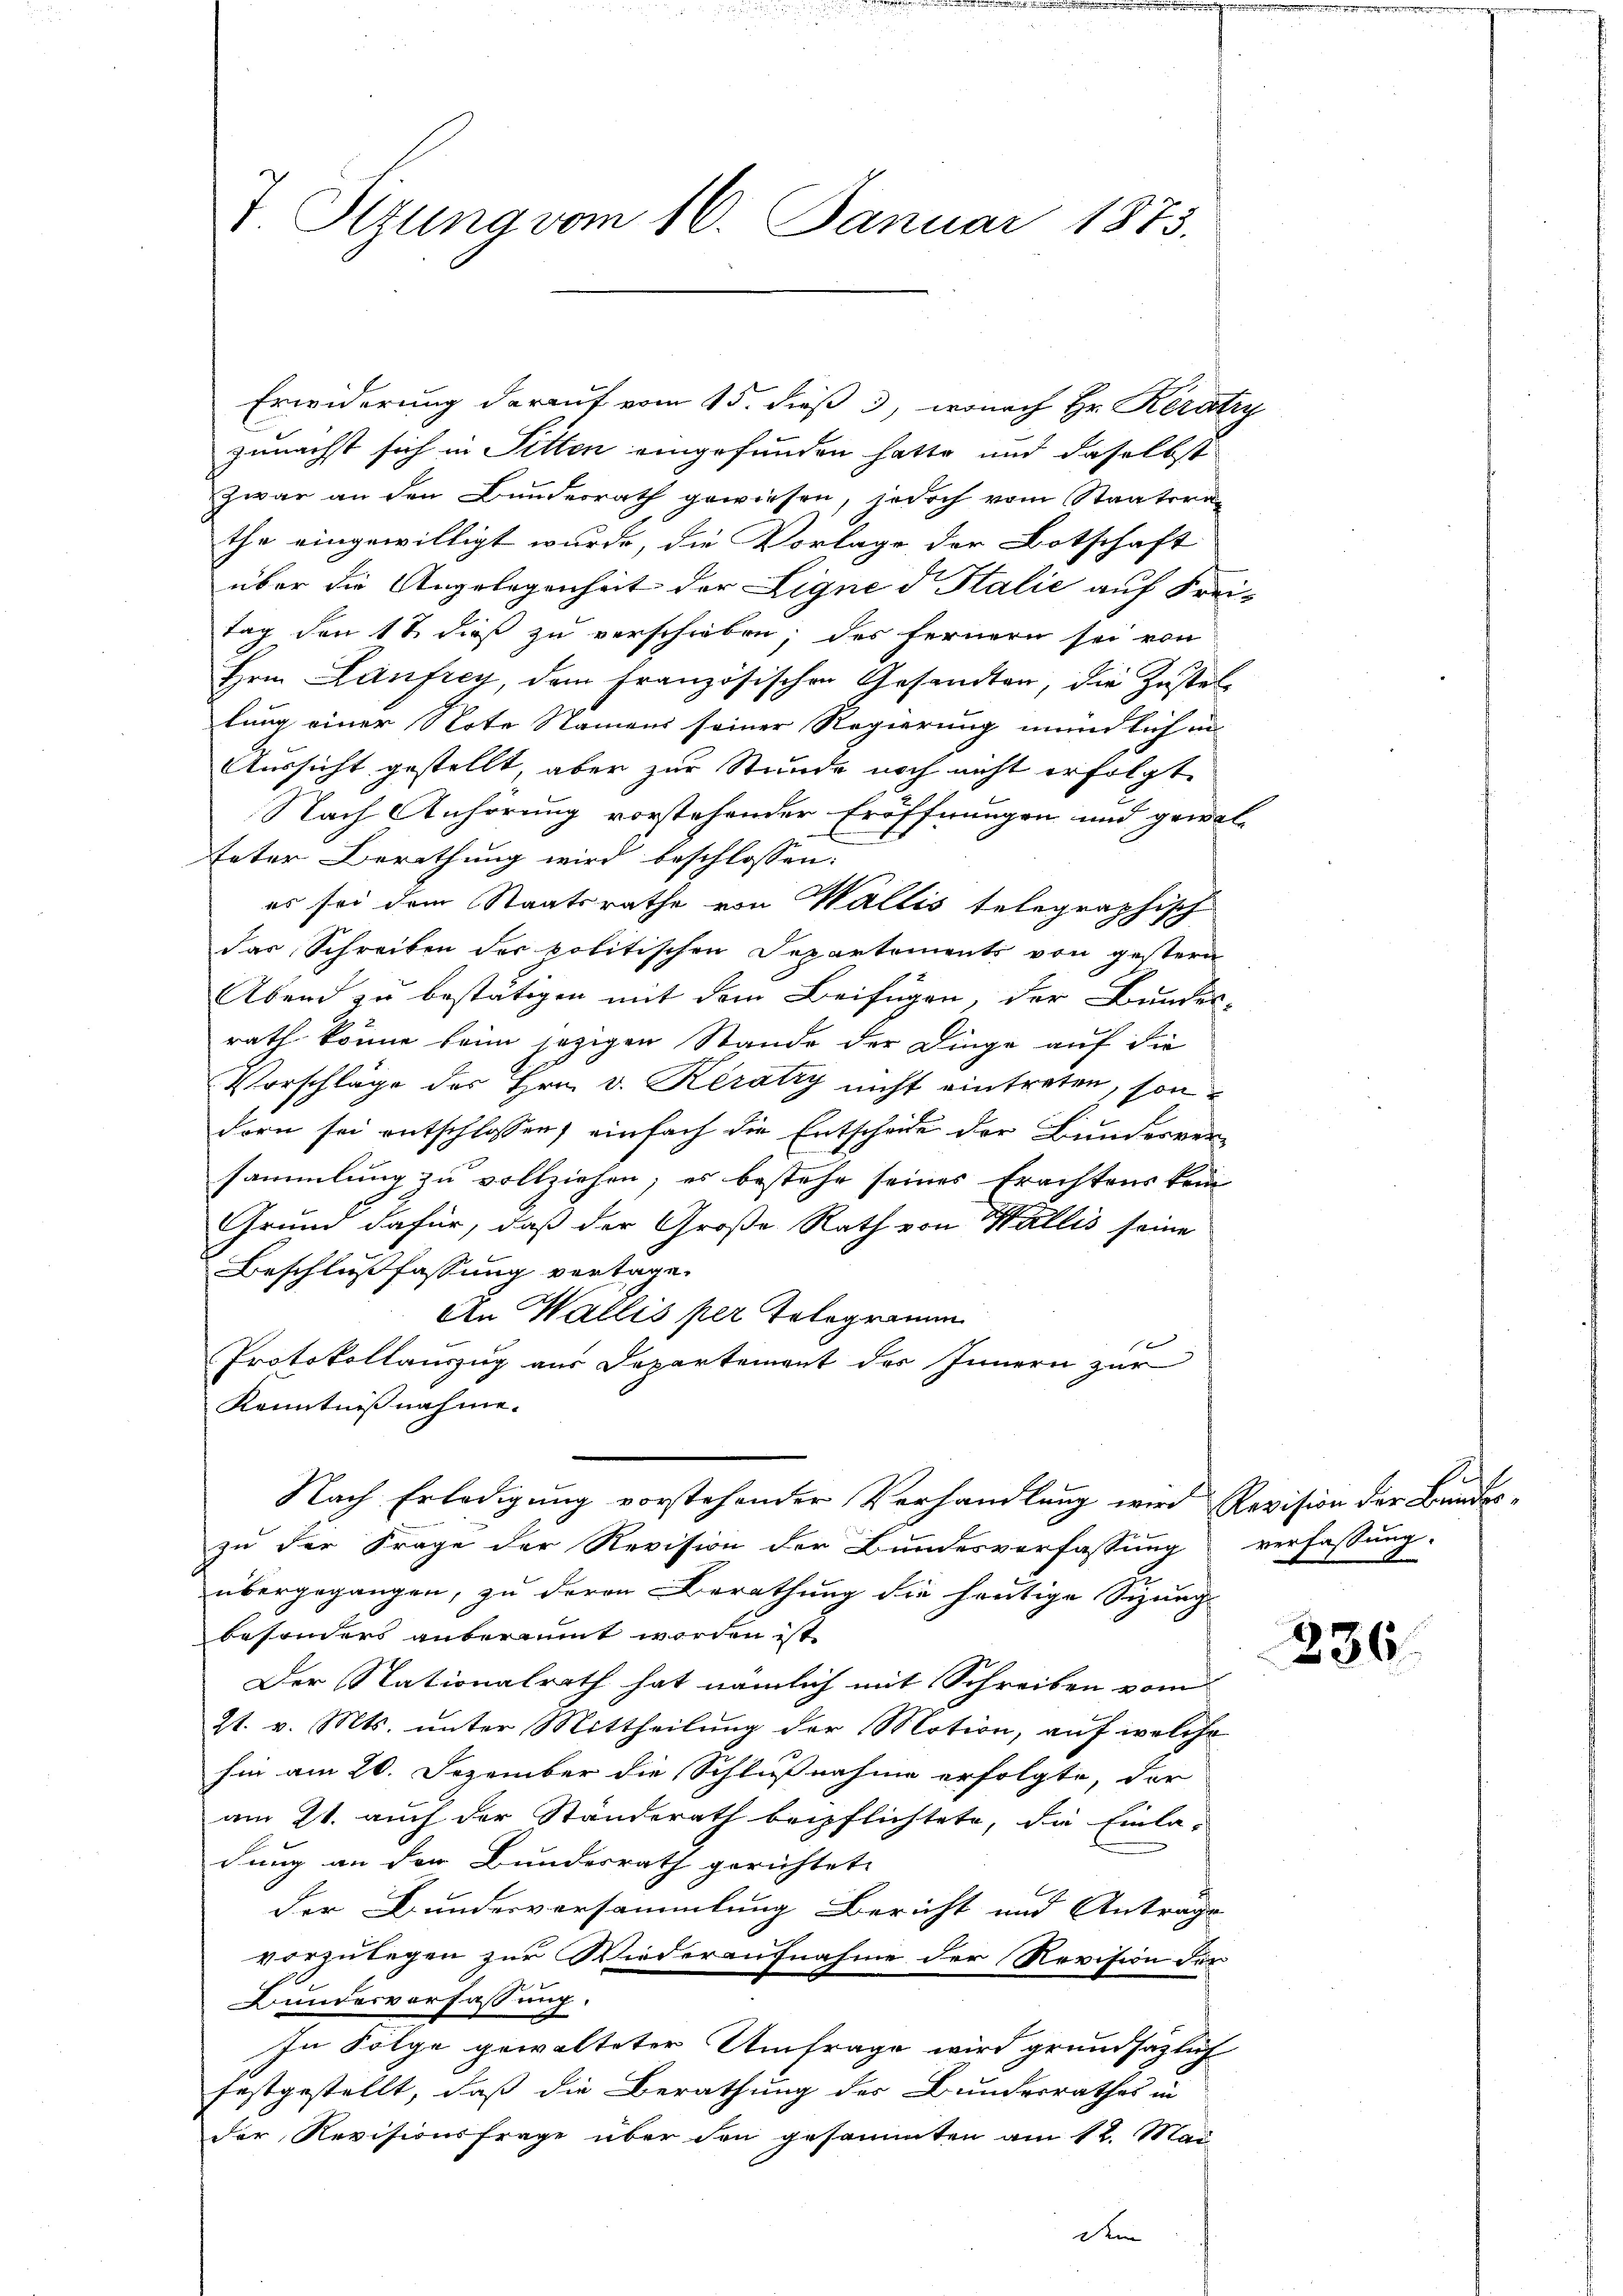
Erwiderung darauf vom 15. dieß 3, wonach Hr. Keratry
zunächst sich in Sitten eingefunden hatte und daselbst
zwar an den Bundesrath gewiesen, jedoch vom Staatsrat
the eingewilligt wurde, die Vorlage der Botschaft
über die Angelegenheit der Ligne d Italie auf Frei-
tag den 17 dieß zu verschieben; des fernern sei von
Hrn. Laufrey, dem französischen Gesandten, die Zustellung einer Note Namens seiner Regierung mündlich in
Aussicht gestellt, aber zur Stunde noch nicht erfolgt.
Nach Anhörung vorstehender Eröffnungen und gewal-
teter Berathung wird beschlossen:
es sei dem Staatsrathe von Wallis telegraphisch
das Schreiben der politischen Departements von gestern
Abend zu bestätigen mit dem Beifügen, der Bundes-
rath könne beim jezigen Stande der Dinge auf die
Vorschläge des Hrn. v. Keratry nicht eintreten, sondorn sei entschlossen, einfach die Entscheide der Bunderver-
sammlung zu vollziehen; es bestehe seines Erachtens kein
Grund dafür, daß der Große Rath von Wallis seine
Beschlußfassung vertage.
An Wallis per Telegramm
Protokollauszug aus Departement des Innern zur
Kenntnißnahme.
Nach Erledigung vorstehender Verhandlung wird Revision der Bundes-
zu der Frage der Revision der Bundesverfassung
übergegangen, zu deren Berathung die heutige Sitzung
besonders anberaumt worden ist,
Der Stationalrath hat nämlich mit Schreiben vom
21. v. Mts. unter Mittheilung der Motion, auf welche
hin am 20. Dezember die Schlußnahme erfolgte, der
am 21. auch der Ständerath beipflichtete, die Einla-
dung an der Bundesrath gerichtete |
der Bunderversammlung Bericht und Antrags
vorzulegen zur Wiederaufnahme der Revision der
Bundesverfassung
In Folge gewalteter Umfrage wird grundsätzlich
festgestellt, daß die Berathung der Bundesrathes in
der Revisionsfrage über den gesammten am 12. Mai
dem

T. Ottung vom 16. Januar 1873.

verfassung.

236.